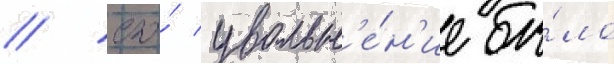
/ его́ увольн'е́н'ие бы́ло